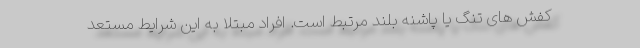
کفش های تنگ یا پاشنه بلند مرتبط است. افراد مبتلا به این شرایط مستعد